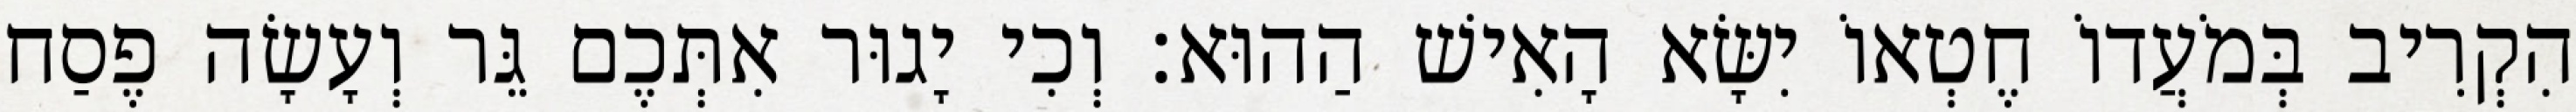
הִקְרִיב בְּמֹעֲדוֹ חֶטְאוֹ יִשָּׂא הָאִישׁ הַהוּא׃ וְכִי יָגוּר אִתְּכֶם גֵּר וְעָשָׂה פֶסַח